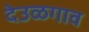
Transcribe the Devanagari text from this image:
देउळगाव